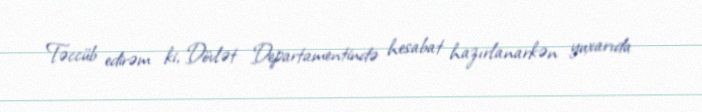
Təccüb edirəm ki, Dövlət Departamentində hesabat hazırlanarkən yuxarıda